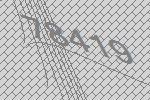
78419